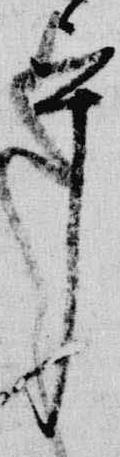
乎